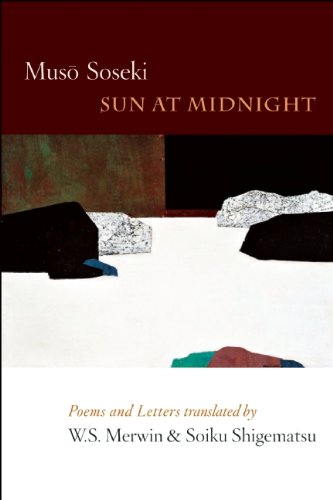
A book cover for Sun At Midnight: Poems and Letters; Muso Soseki; Literature & Fiction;